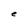
Character: e